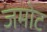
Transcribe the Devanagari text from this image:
जमोट